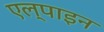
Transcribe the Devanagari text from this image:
एल्‍पाइन